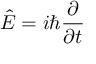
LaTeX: { \hat { E } } = i \hbar { \frac { \partial } { \partial t } } \,